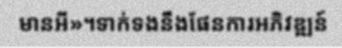
មានអី»។ទាក់ទងនឹងផែនការអភិវឌ្ឍន៍